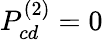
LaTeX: P_{cd}^{(2)}=0